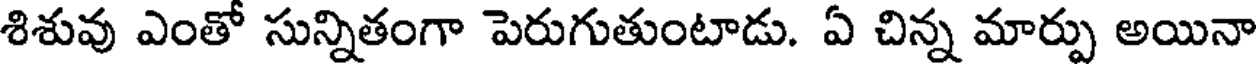
శిశువు ఎంతో సున్నితంగా పెరుగుతుంటాడు. ఏ చిన్న మార్పు అయినా